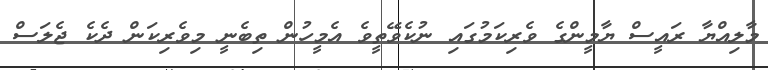
މާލިއްޔާ ރައީސް ޔާމީންގެ ވެރިކަމުގައި ނުކެވޭތީވެ އެމީހުން ތިބެނީ މިވެރިކަން ދެކެ ޖެލަސް